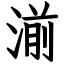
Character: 湔